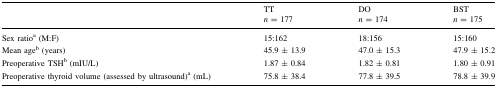
<table><thead><tr><td></td><td><b>TT<i>n</i> = 177</b></td><td><b>DO<i>n</i> = 174</b></td><td><b>BST<i>n</i> = 175</b></td></tr></thead><tbody><tr><td>Sex ratio<sup>a</sup> (M:F)</td><td>15:162</td><td>18:156</td><td>15:160</td></tr><tr><td>Mean age<sup>b</sup> (years)</td><td>45.9 ± 13.9</td><td>47.0 ± 15.3</td><td>47.9 ± 15.2</td></tr><tr><td>Preoperative TSH<sup>b</sup> (mIU/L)</td><td>1.87 ± 0.84</td><td>1.82 ± 0.81</td><td>1.80 ± 0.91</td></tr><tr><td>Preoperative thyroid volume (assessed by ultrasound)<sup>a</sup> (mL)</td><td>75.8 ± 38.4</td><td>77.8 ± 39.5</td><td>78.8 ± 39.9</td></tr></tbody></table>